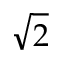
\sqrt { 2 }